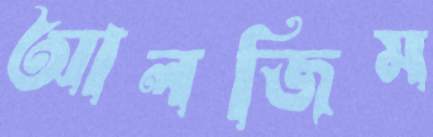
আলজিম